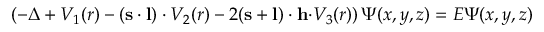
\left( - \Delta + V _ { 1 } ( r ) - \left( { \bf s \cdot l } \right) \cdot V _ { 2 } ( r ) - 2 ( { \bf s + l } ) \cdot { \bf h \cdot } V _ { 3 } ( r ) \right) \Psi ( x , y , z ) = E \Psi ( x , y , z )